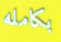
بكامله